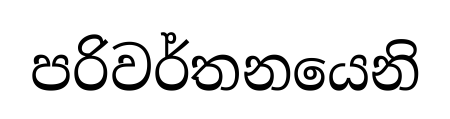
පරිවර්තනයෙනි